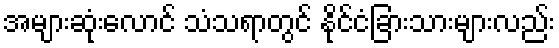
အများဆုံးလောင် သံသရာတွင် နိုင်ငံခြားသားများလည်း